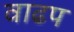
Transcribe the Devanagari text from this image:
वाढप